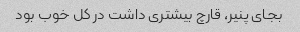
بجای پنیر، قارچ بیشتری داشت در کل خوب بود